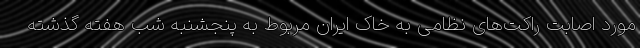
مورد اصابت راکت‌های نظامی به خاک ایران مربوط به پنجشنبه شب هفته گذشته